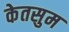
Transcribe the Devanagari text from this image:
केतसुम